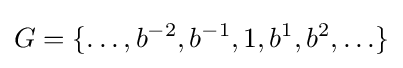
G=\{\ldots ,b^{-2},b^{-1},1,b^{1},b^{2},\ldots \}